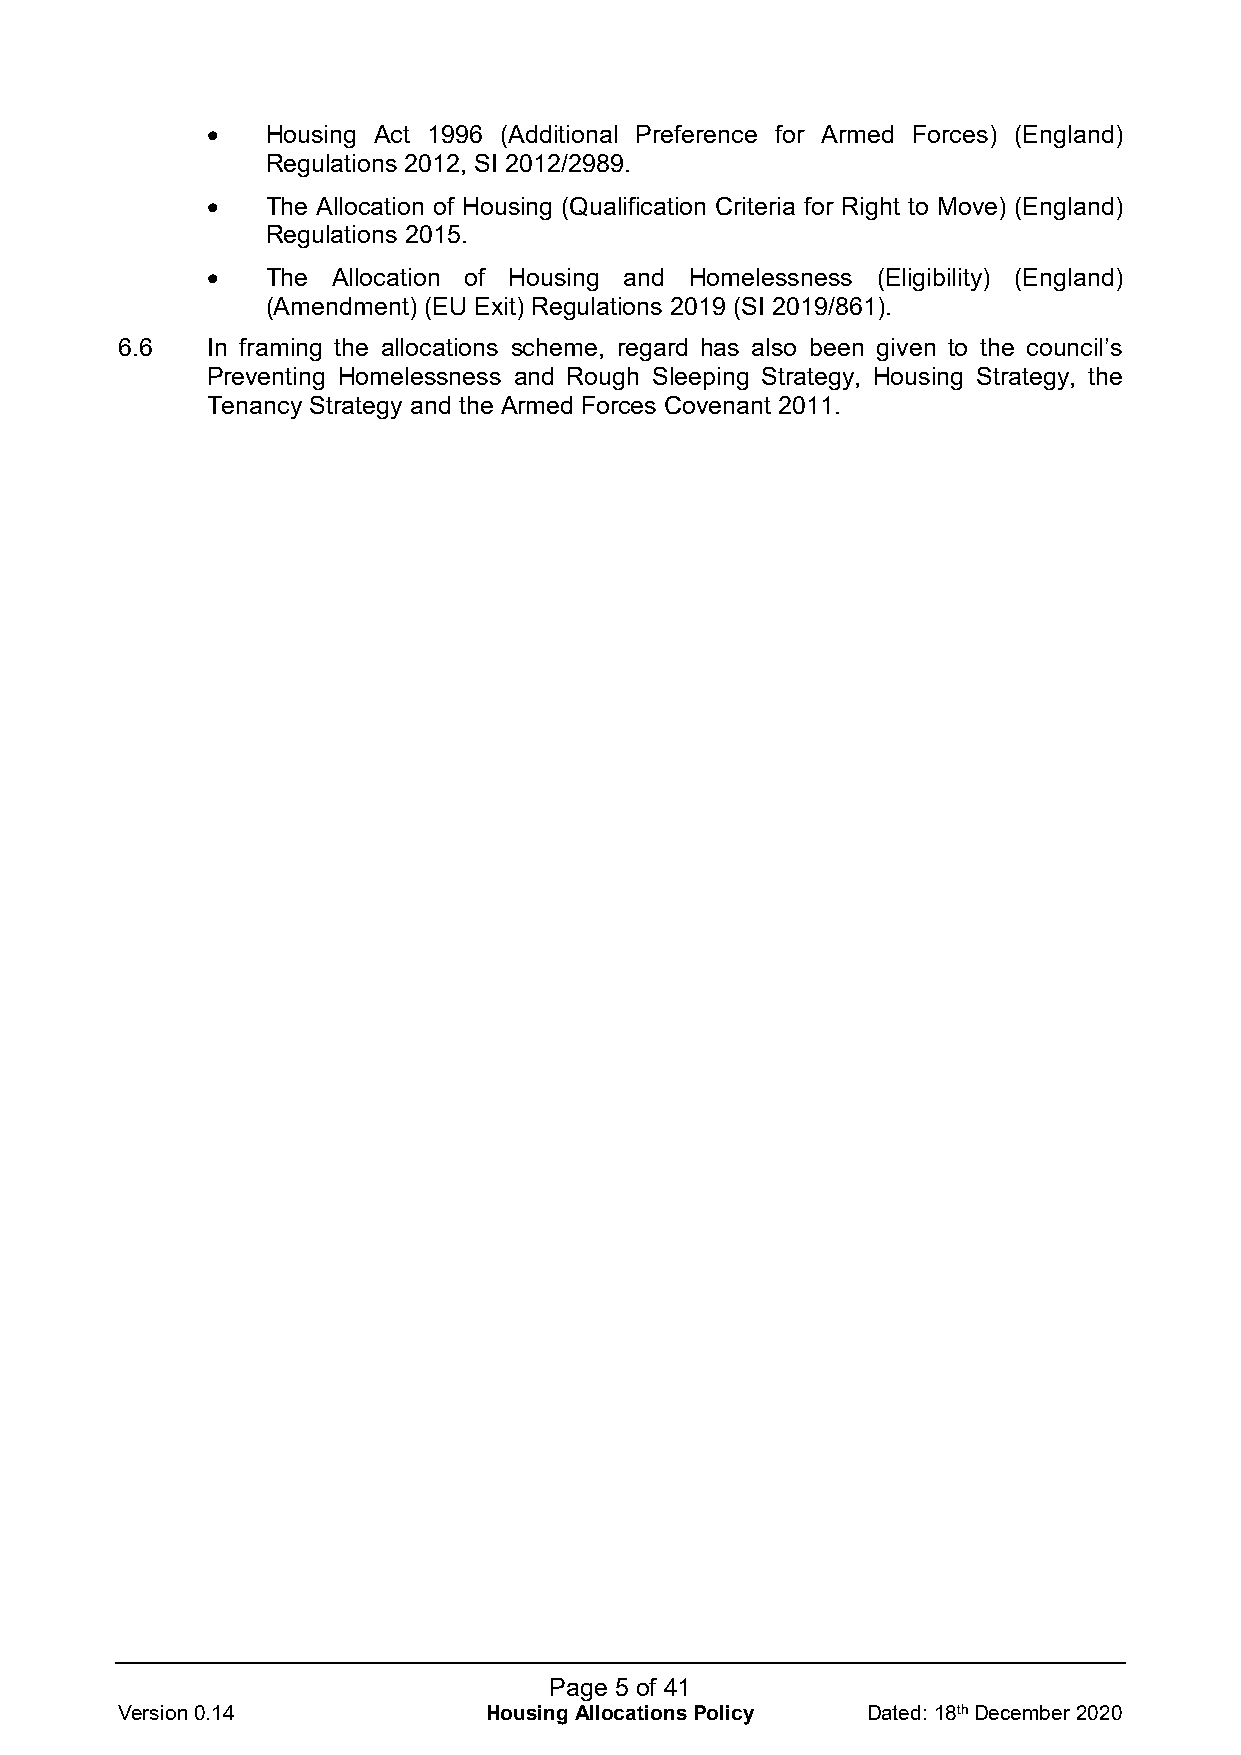
•   Housing Act 1996 (Additional Preference for Armed Forces) (England)
 Regulations 2012, SI 2012/2989.
 •   The Allocation of Housing (Qualification Criteria for Right to Move) (England)
 Regulations 2015.
 •   The Allocation of Housing and Homelessness (Eligibility) (England)
 (Amendment) (EU Exit) Regulations 2019 (SI 2019/861).
 6.6   In framing the allocations scheme, regard has also been given to the council’s
 Preventing Homelessness and Rough Sleeping Strategy, Housing Strategy, the
 Tenancy Strategy and the Armed Forces Covenant 2011.
 Page 5 of 41
 Version 0.14            Housing Allocations Policy Dated: 18th December 2020